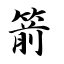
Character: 箭